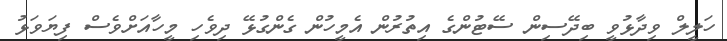
ހަލީލް ވިދާޅުވީ ބިދޭސިން ސޭޓުންގެ އިތުރުން އެމީހުން ގެންގުޅޭ ދިވެހި މީހާއަށްވެސް ފިޔަވަޅު